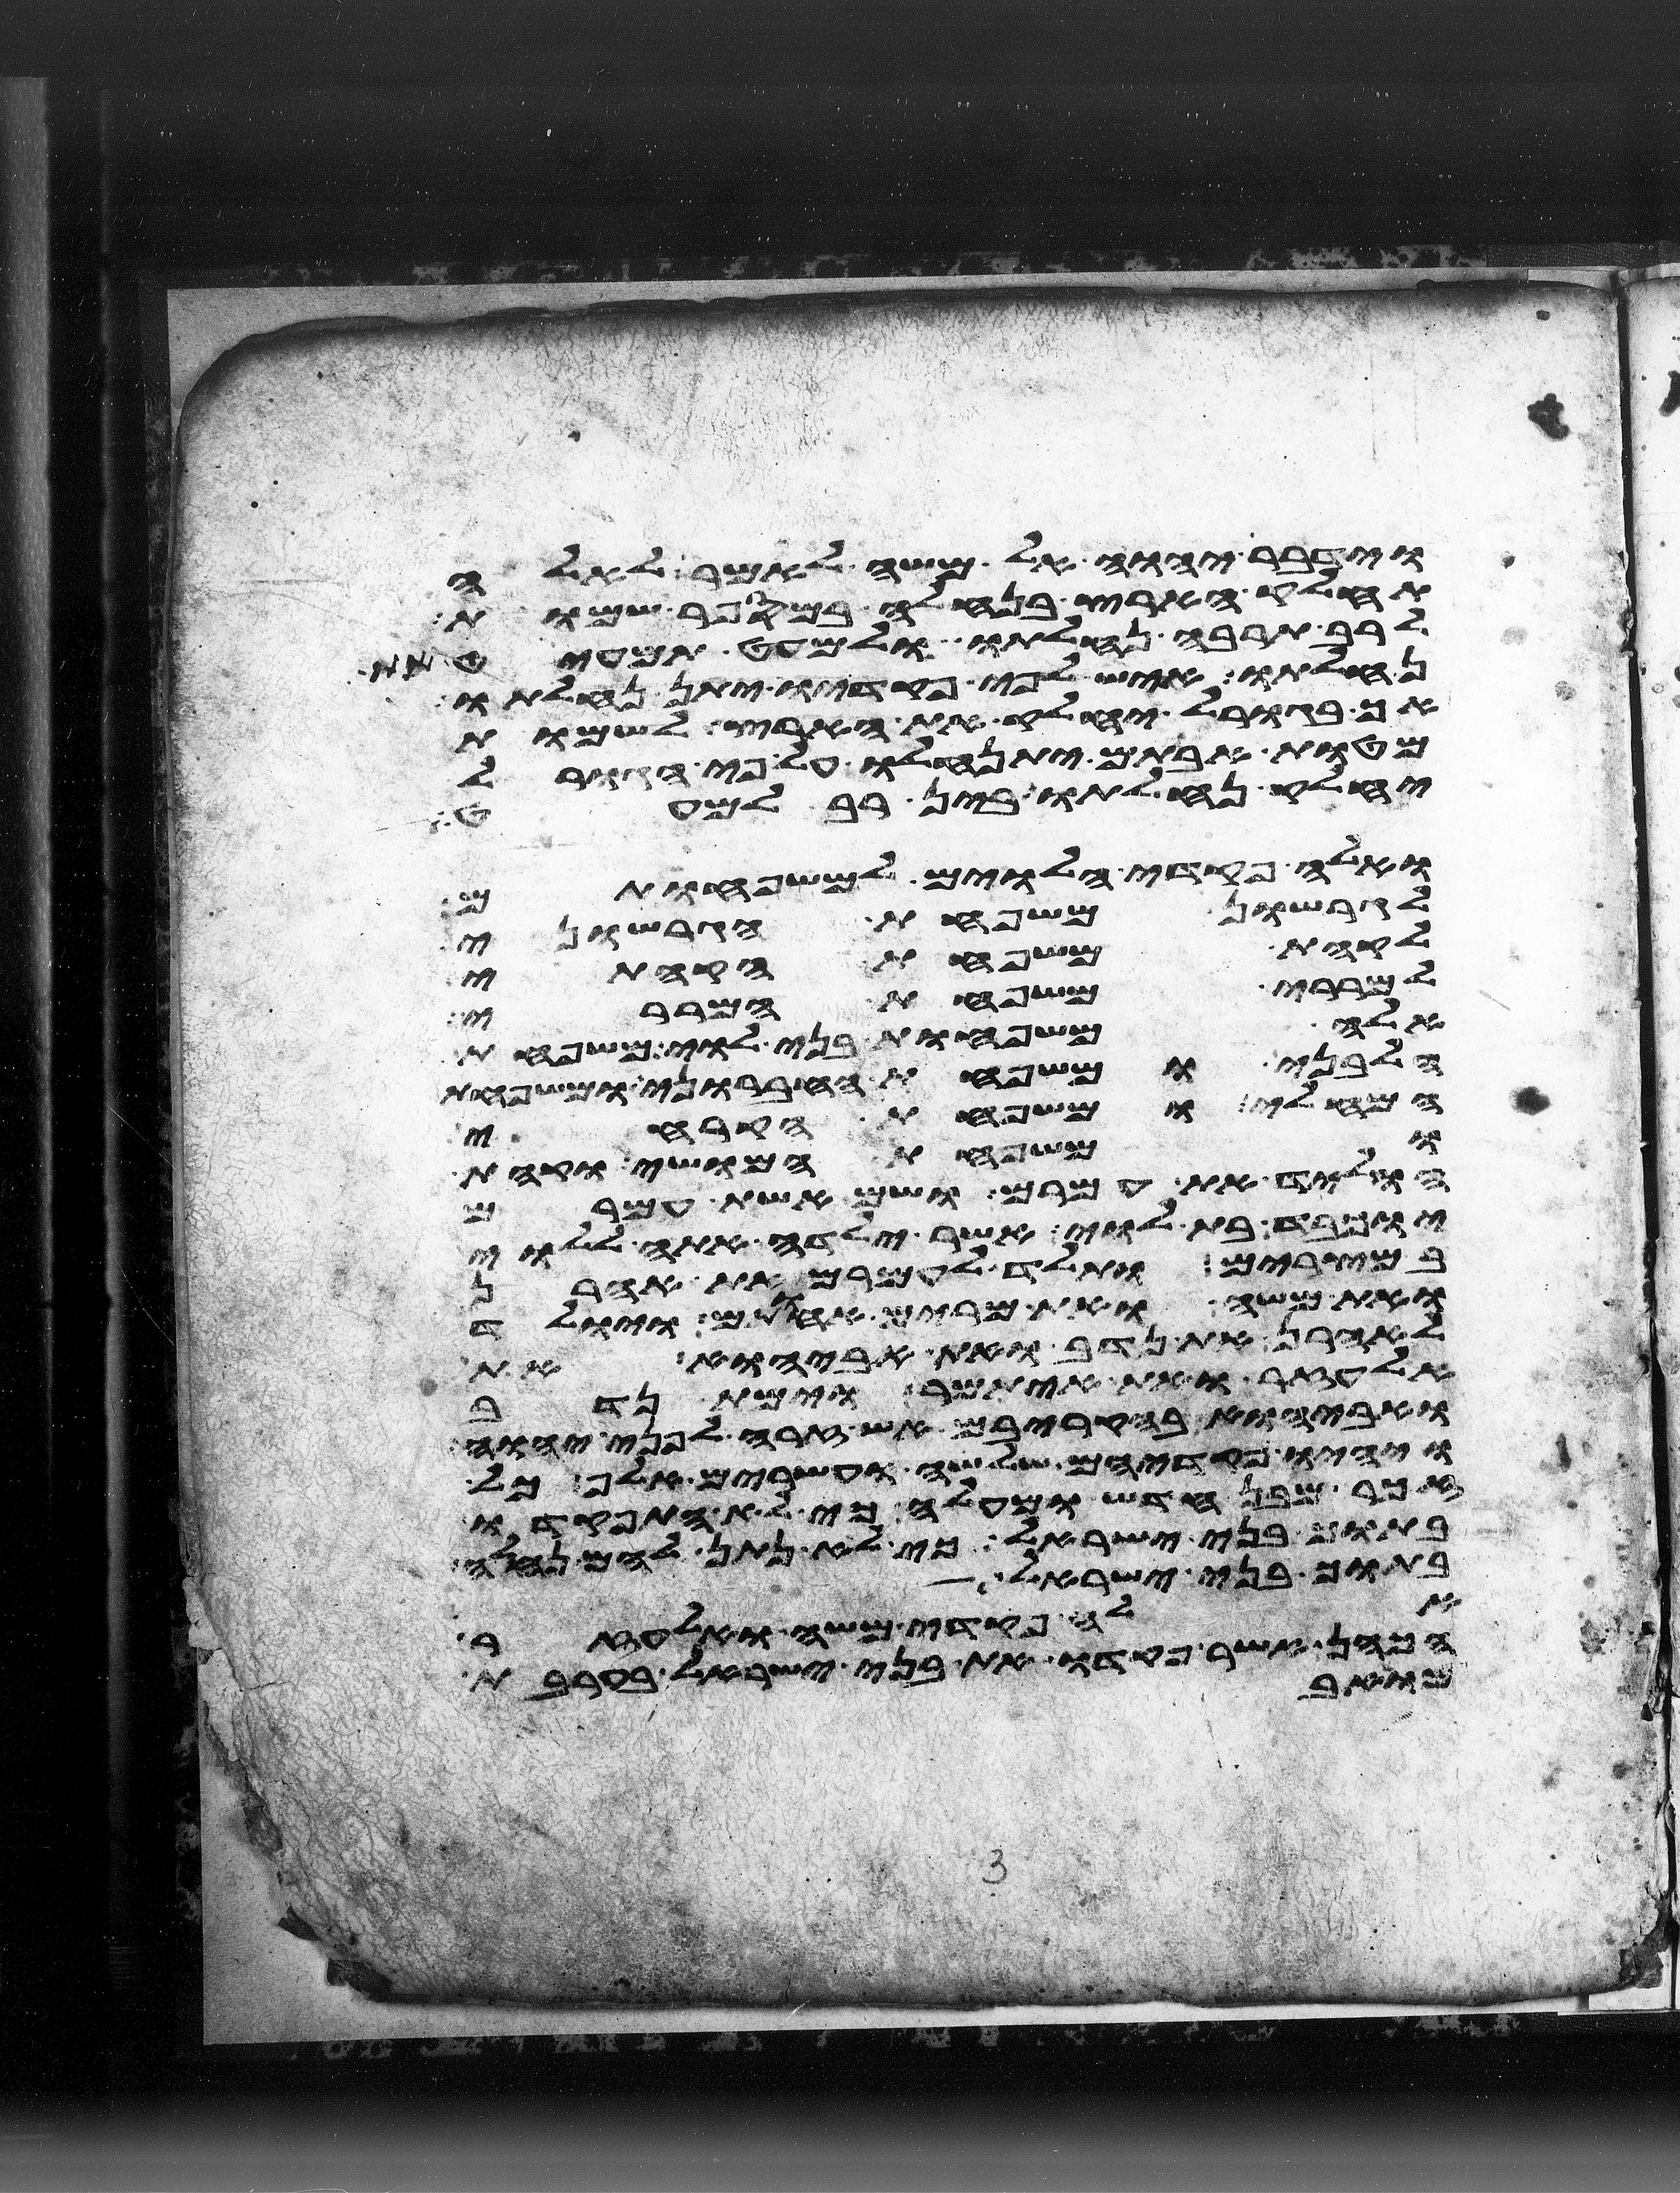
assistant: וידבר יהוה אל משה לאמר לאלה
תחלק הארץ בנחלה במספר שמות
לרב תרבה נחלתו ולמעט תמעיט
נחלתו איש לפי פקדיו יתן נחלתו
אך בגורל יחלק את הארץ לשמות
מטות אבתיכם יתנחלו על פי הגורל
יחלק נחלתו בין רב למעט
ואלה פקדי הלוים למשפחותם
לגרשון משפחת הגרשוני
לקהת משפחת הקהתי
למררי משפחת המררי
אלה משפחות בני לוי משפחת
הלבני ומשפחת החברוני ומשפחת
המחלי ומשפחת הקרחי
ומשפחת המושי וקהת
הוליד את עמרם ושם אשת עמרם
יוכבד בת לוי אשר ילדה אתה ללוי
במצרים ותלד לעמרם את אהרן
ואת משה ואת מרים אחתם ויולד
לאהרן את נדב ואת אביהוא את
אלעזר ואת איתמר וימת נדב
ואביהוא בהקריבם אש זרה לפני יהוה
ויהיו פקדיהם שלשה ועשרים אלף כל
זכר מבן חדש ומעלה כי לא התפקדו
בתוך בני ישראל כי לא נתן להם נחלה
בתוך בני ישראל
אלה פקדי משה ואלעזר
הכהן אשר פקדו את בני ישראל בערבת
מואב